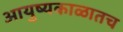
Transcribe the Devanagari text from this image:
आयुष्यकाळातच